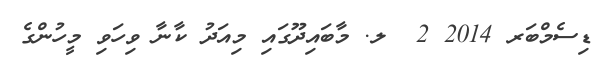
ޑިސެމްބަރ 2014 2  ލ. މާބައިދޫގައި މިއަދު ކާނާ ވިހަވި މީހުންގެ